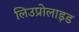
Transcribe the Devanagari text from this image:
लिउप्रोलाइड